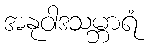
အနုဝါဒသမ္ဘာရံ